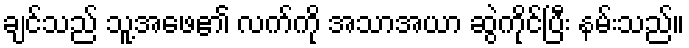
ချင်သည် သူ့အဖေ၏ လက်ကို အသာအယာ ဆွဲကိုင်ပြီး နမ်းသည်။